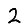
Digit: 2